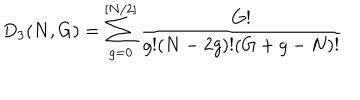
D _ { 3 } ( N , G ) = \sum _ { g = 0 } ^ { [ N / 2 ] } \frac { G ! } { g ! ( N - 2 g ) ! ( G + g - N ) ! }